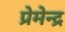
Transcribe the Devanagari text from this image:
प्रेमेन्द्र